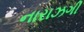
નારાઝગી